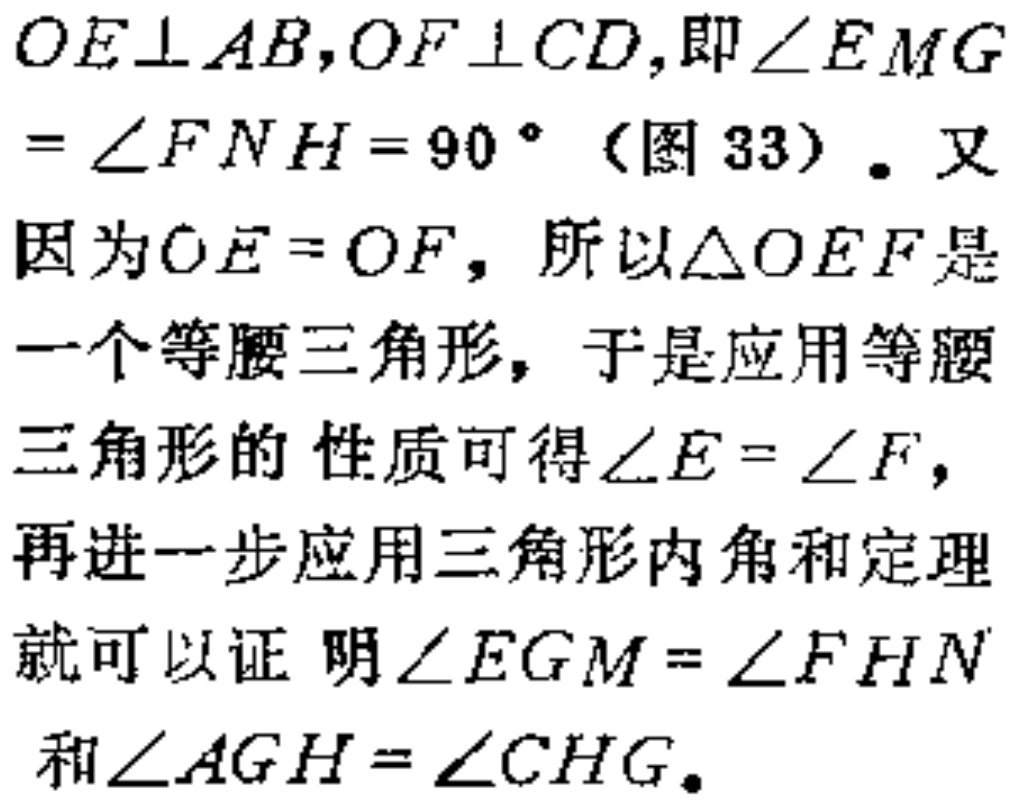
$OE\perp AB,OF\perp CD$,即$\angle EMG=\angle FNH = 90^{\circ}$（图 33）. 又因为$OE = OF$, 所以$\triangle OEF$是一个等腰三角形, 于是应用等腰三角形的性质可得$\angle E=\angle F$, 再进一步应用三角形内角和定理就可以证明$\angle EGM=\angle FHN$和$\angle AGH=\angle CHG$.